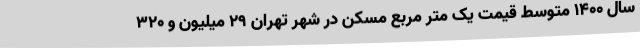
سال ۱۴۰۰ متوسط قیمت یک متر مربع مسکن در شهر تهران ۲۹ میلیون و ۳۲۰